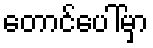
တောင်ပေါ်မှာ